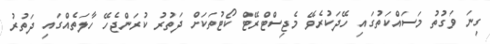
ގިނަ ވަގުތު މަސައްކަތުގައި ހޭދަކުރެވޭ މެޖިސްޓްރޭޓް ކޯޓުތަކަށް ދަތުރު ކުރަންޖެހޭ ހާލަތެއްގައި ދަތުރު